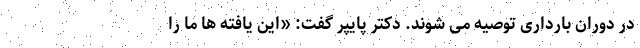
در دوران بارداری توصیه می شوند. دکتر پایپر گفت: «این یافته ها ما را